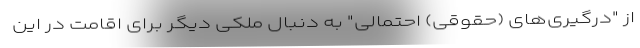
از "درگیری‌های (حقوقی) احتمالی" به دنبال ملکی دیگر برای اقامت در این